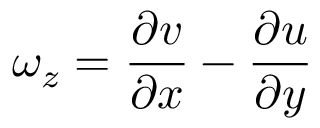
\omega _ { z } = \frac { \partial v } { \partial x } - \frac { \partial u } { \partial y }